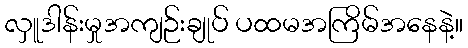
လှူဒါန်းမှုအကျဉ်းချုပ် ပထမအကြိမ်အနေနဲ့။